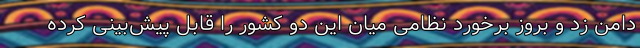
دامن زد و بروز برخورد نظامی میان این دو کشور را قابل پیش‌بینی کرده